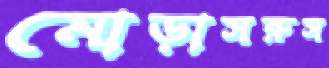
মোড়াসরুস